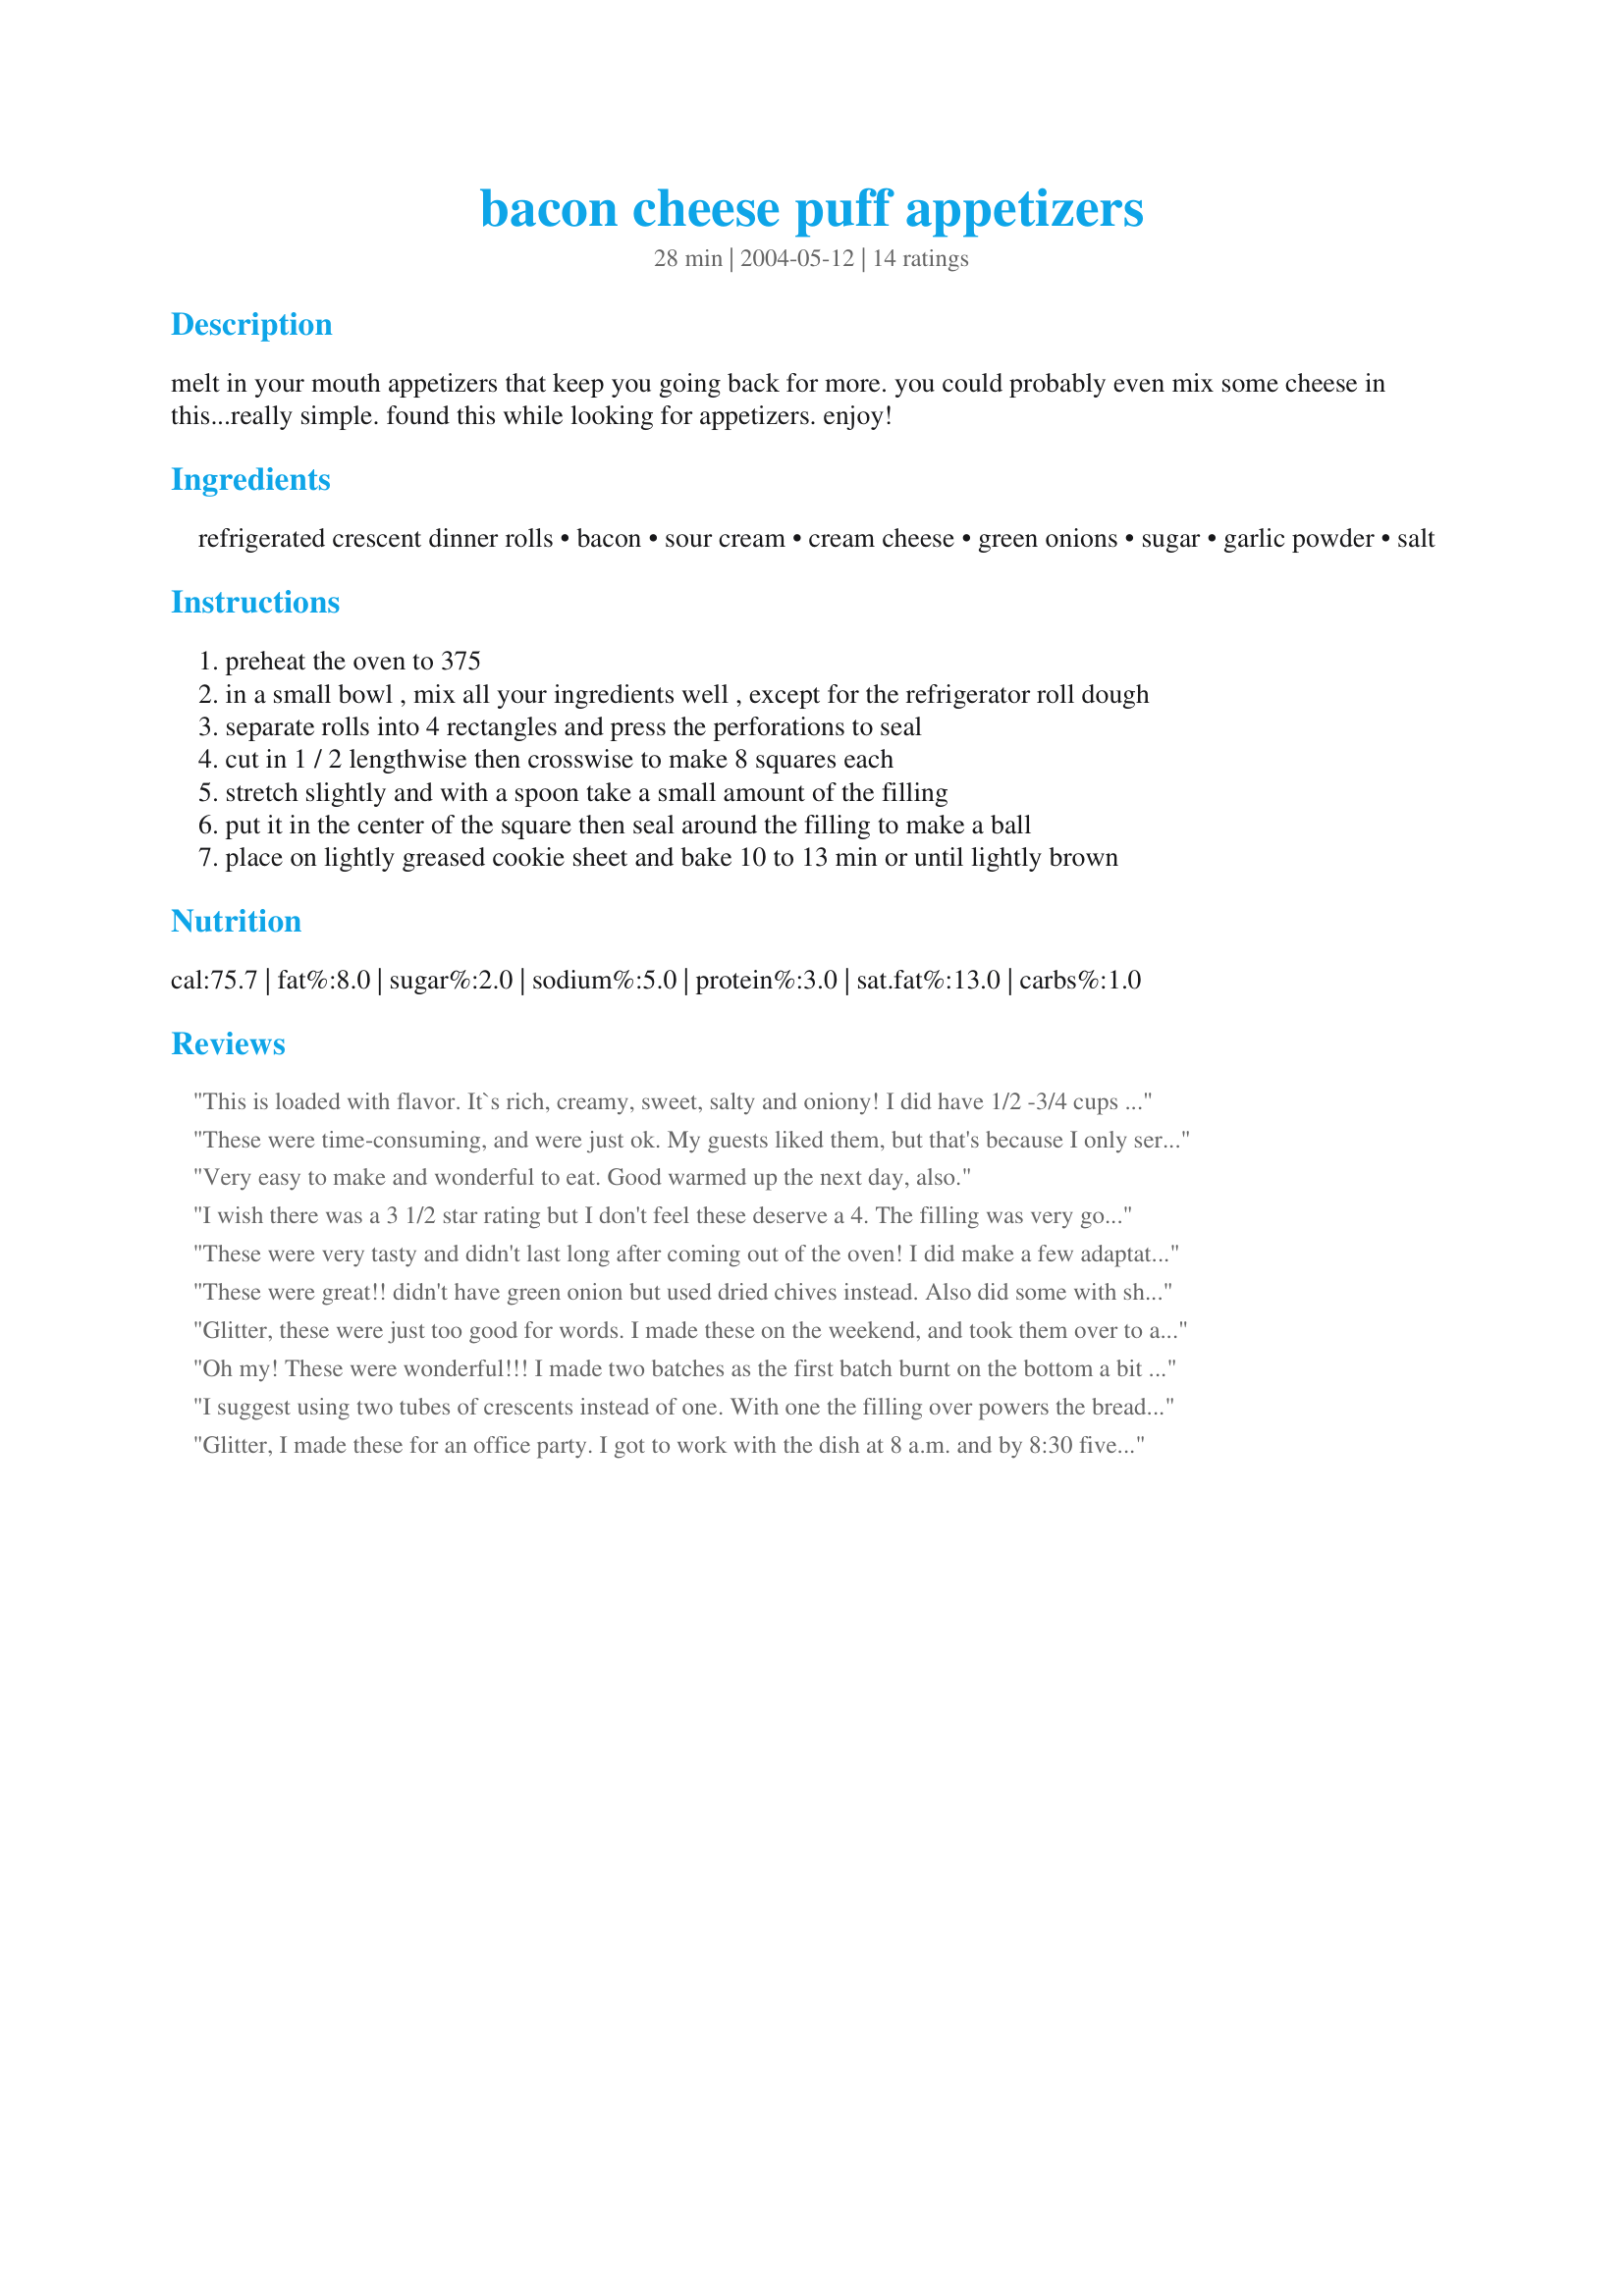
bacon cheese puff appetizers
Preparation time: 28 minutes

melt in your mouth appetizers that keep you going back for more. you could probably even mix some cheese in this...really simple. found this while looking for appetizers. enjoy!

Ingredients:
refrigerated crescent dinner rolls, bacon, sour cream, cream cheese, green onions, sugar, garlic powder, salt

Steps:
preheat the oven to 375
in a small bowl , mix all your ingredients well , except for the refrigerator roll dough
separate rolls into 4 rectangles and press the perforations to seal
cut in 1 / 2 lengthwise then crosswise to make 8 squares each
stretch slightly and with a spoon take a small amount of the filling
put it in the center of the square then seal around the filling to make a ball
place on lightly greased cookie sheet and bake 10 to 13 min or until lightly brown

Reviews:
This is loaded with flavor. It`s rich, creamy, sweet, salty and oniony! I did have 1/2 -3/4 cups filling leftover. Which I will spread on some fresh crisp bread and put it under the broiler till bubbly. Great recipe.
These were time-consuming, and were just ok. My guests liked them, but that's because I only served ones that weren't under or over-cooked (must be my oven, I guess). The filling oozed out of many of the puffs, making them flatten out slightly and lose their round shape. I probably won't make again.
Very easy to make and wonderful to eat. Good warmed up the next day, also.
I wish there was a 3 1/2 star rating but I don't feel these deserve a 4. The filling was very good but we didn't really like the crust.
These were very tasty and didn't last long after coming out of the oven! I did make a few adaptations, though. I used real bacon bits from a jar cause I was in a hurry and didn't want to bother frying bacon. I also added a can of white meat chicken to the mix. Then, instead of using crescent rolls I used a tube of french loaf. It unrolls nicely, is easy to work with and is not as buttery. These did take a while to roll up but worth it in the end!
These were great!! didn't have green onion but used dried chives instead. Also did some with shredded cheddar cheese. YUMMY!! Thanx!
Glitter, these were just too good for words. I made these on the weekend, and took them over to a friends house. I baked them at my house, so they were only just warm when they were devoured. I added a little fresh minced garlic instead of garlic powder, and fresh-picked green onions from my veggie garden. The filling was SO delicious, they all went in a flash! I am so happy to find such a great little appetizer recipe, we entertain quite a lot at my house, so I am always on the lookout for wonderful new recipes to try, and this is certainly a keeper for sure! thanks so much for sharing Glitter, this is a great little number...Kitten:)
Oh my! These were wonderful!!! I made two batches as the first batch burnt on the bottom a bit to much (I still ate them thought :)) It is a bit time cosuming, but well worth it!
I suggest using two tubes of crescents instead of one. With one the filling over powers the breading because it is so thin, even though the filling is fantastic. This is preference. I also liked them when they had plenty of time to cool down (near room temp.).
Glitter, I made these for an office party. I got to work with the dish at 8 a.m. and by 8:30 five people ask me for your recipe. We loved it. :)
I made these for Christmas Eve and my family really enjoyed them. They are very rich, but not greasy. You definitely want to serve these right out of the oven. I will definitely make these again. Thanks for a great one, Glitter!
Finally tried this last night. Got rave reviews from neighbors who stopped by for happy hour. Had some filling left over which I put on triscuts and broiled for a few minutes today. Great recipe! Thank you!
I made these the night before a football party. Popped them in the oven right before everyone arrived. They were a huge hit!!
I was very disappointed with these. I took them to a party and everyone else had made gourmet finger food and I brought balls of mystery. No on ate them and they were very funky! I will not make these again.
